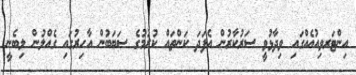
އިންޓަރވިއުއެއްގައި ވިދާޅުވީ ސަރުކާރުން އެފަދަ ކަންތައް ކުރުމުގެ ސަބަބުން އާހިރުގައި ގެއްލުން ލިބެނީ